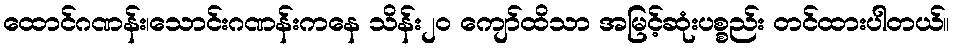
ထောင်ဂဏန်း၊သောင်းဂဏန်းကနေ သိန်း၂၀ ကျော်ထိသာ အမြင့်ဆုံးပစ္စည်း တင်ထားပါတယ်။